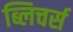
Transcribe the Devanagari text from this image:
ब्लिचर्स